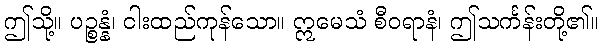
ဤသို့။ ပဉ္စန္နံ၊ ငါးထည်ကုန်သော။ ဣမေသံ စီဝရာနံ၊ ဤသင်္ကန်းတို့၏။